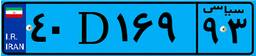
۴۰D۱۶۹۹۳